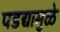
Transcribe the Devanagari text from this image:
पडद्यामुळे